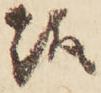
趣